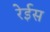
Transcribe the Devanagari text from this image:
रेईस